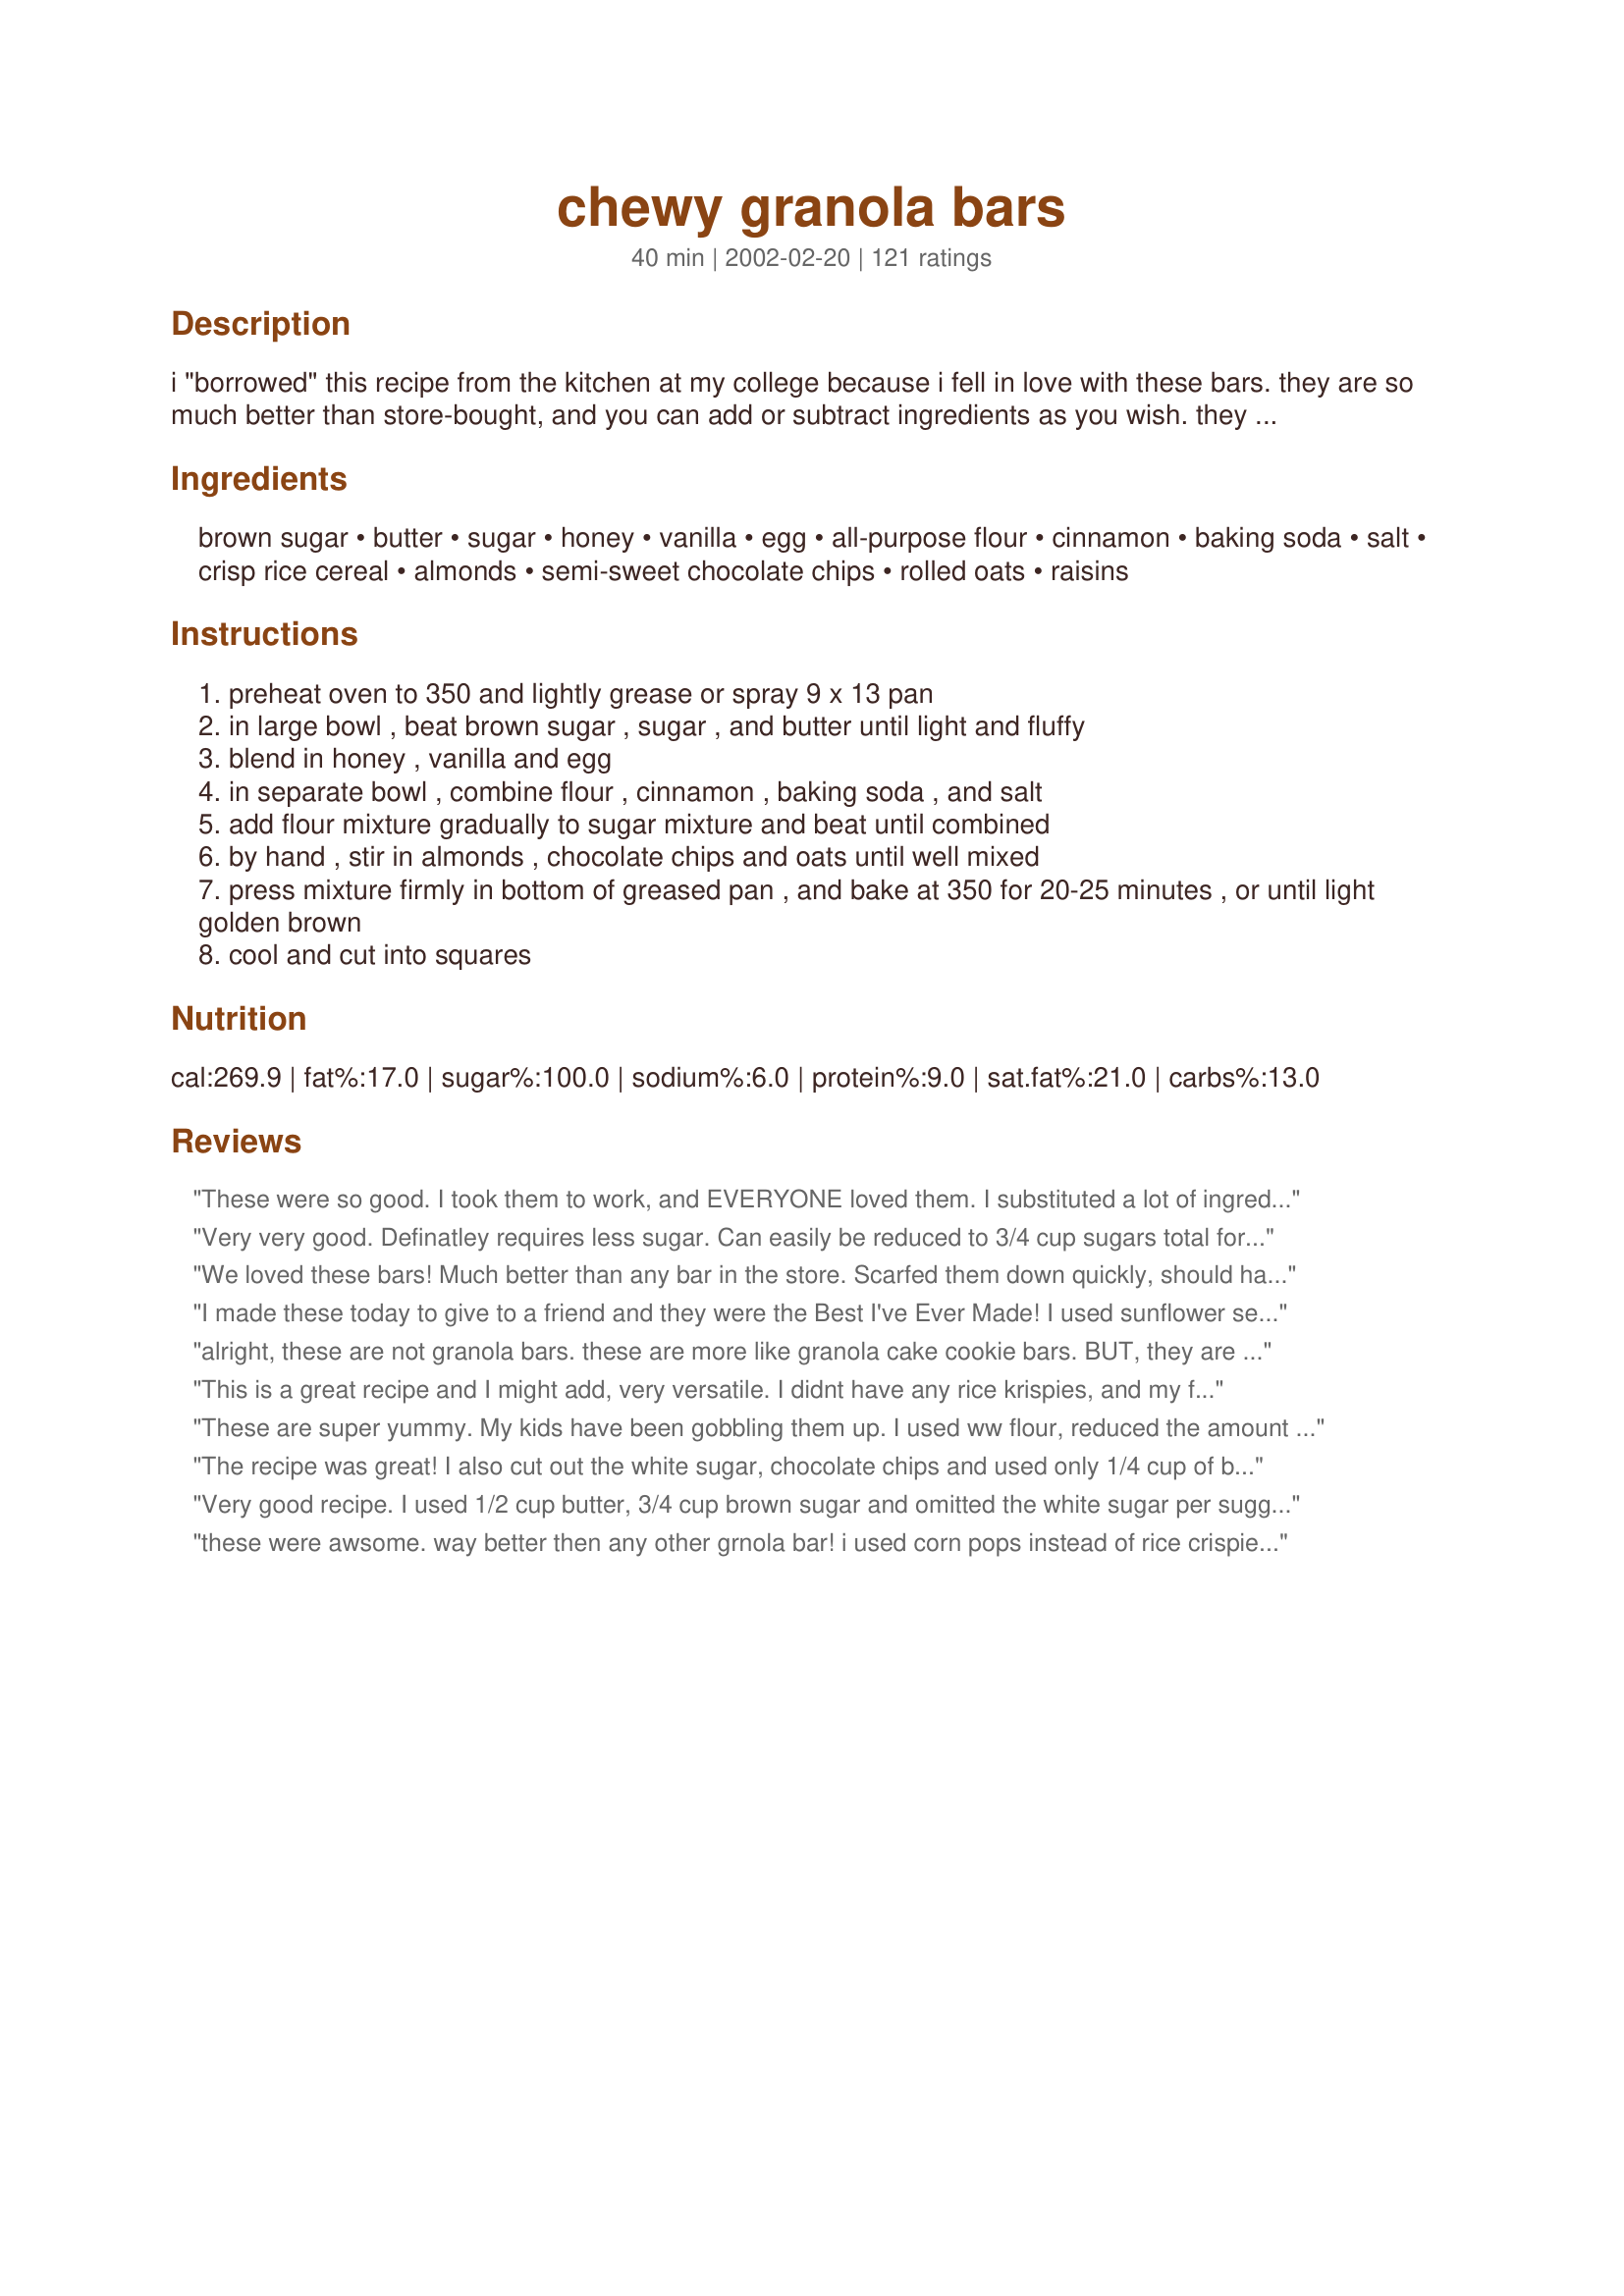
chewy granola bars
Preparation time: 40 minutes

i "borrowed" this recipe from the kitchen at my college because i fell in love with these bars. they are so much better than store-bought, and you can add or subtract ingredients as you wish. they make a perfect on-the-go snack; a much healthier alternative to chips or cookies, especially for kids (great for lunch boxes!)

Ingredients:
brown sugar, butter, sugar, honey, vanilla, egg, all-purpose flour, cinnamon, baking soda, salt, crisp rice cereal, almonds, semi-sweet chocolate chips, rolled oats, raisins

Steps:
preheat oven to 350 and lightly grease or spray 9 x 13 pan
in large bowl , beat brown sugar , sugar , and butter until light and fluffy
blend in honey , vanilla and egg
in separate bowl , combine flour , cinnamon , baking soda , and salt
add flour mixture gradually to sugar mixture and beat until combined
by hand , stir in almonds , chocolate chips and oats until well mixed
press mixture firmly in bottom of greased pan , and bake at 350 for 20-25 minutes , or until light golden brown
cool and cut into squares

Reviews:
These were so good. I took them to work, and EVERYONE loved them. I substituted a lot of ingredients. Instead of the chocolate chips and rice crispies, I used raisins and granola cereal. Instead of regular nuts I substitued red roasted peanuts. This is a very easy and quick recipe, and I would highly suggest it.
Very very good. Definatley requires less sugar. Can easily be reduced to 3/4 cup sugars total for those of us looking to cut the sweetness. Whole wheat flour and brown rice cereal in place of regular rice krispies are 2 more easy healthier choices that you won't even notice.
We loved these bars! Much better than any bar in the store. Scarfed them down quickly, should have made a double batch. Mine turned out kind of crumbly, didn't overcook, used 1/2 butter, maybe that was it? Will cut out the white sugar next time and maybe add peanut butter and some coconut. Thanks Manda for a excellent granola bar!
I made these today to give to a friend and they were the Best I've Ever Made! I used sunflower seeds for the almonds and used 1/2 C. Chocolate Chips and 1/2 C. Mini M&Ms. Great!
alright, these are not granola bars. these are more like granola cake cookie bars. BUT, they are delish no doubt about that. i cut out the white sugar and never missed it. i made two different versions one w/chocolate chips and one extra nutty w/raisins. nutty/raisins wins for me. definetely something that makes me feel like a fabulous super mom when feeding them to my son.
This is a great recipe and I might add, very versatile. I didnt have any rice krispies, and my family hates raisins...so I Increased the amount of oats and added some walnuts, pecans and sunflower seeds. If you choose to do this, decrease the amount of chocolate. Great taste and I loved the ease of it!
These are super yummy. My kids have been gobbling them up. I used ww flour, reduced the amount of sugar by a little (but could have done with less), used 3/4 C chocolate chips (next time will try 1/2 C) and added in craisins and cocunut.
The recipe was great! I also cut out the white sugar, chocolate chips and used only 1/4 cup of butter. That saved me about 100 calories per bar, even after I added 1/2 cup of coconut flakes, 1tsp. of milled flax seed and 1/4 cup of raisins. They were a little on the dry side but held together. Pressed them down in the pan with a cutting board. Had tin foil on bottom of board. Calories per bar 170 and they tasted great! Thanks for the recipe
Very good recipe. I used 1/2 cup butter, 3/4 cup brown sugar and omitted the white sugar per suggestion of another reviewer. Everything else I did according to the recipe. These are so much better than storebought. I've made these twice so far and they haven't lasted more than 2 days in my house.
these were awsome. way better then any other grnola bar! i used corn pops instead of rice crispies, and they still turned out great!

Certified seal of approval from my whole family. I used whole wheat flour, dropped the chocolate chips, and added craisins. They are amazing! I'm planning to expirement with peanut butter next time around. And, I'll try other stuff as well. These are just perfect!
I really liked this recipe. I did leave out the raisins and the 1/4 cup of sugar. They were plenty sweet. You could probably cut the brown sugar also. Make sure you chop your almonds into small pieces to make them easier to eat. Try this recipe...it is a good healthy granola bar!
I made these for my kids to take to school. Since my son is allergic to tree nuts I omitted the almonds, and adjusted the chocolate chips to only 1/4 cup (but added a handful of M&M's!) This is an easy recipe to follow, or change up a bit. Tasty!
Really good! I made a few modifications - halved the sugar (which I always do), omitted the salt, used the raisins instead of the chocolate chips and left out the almonds so my daughter can take them to her nut-free school. Thanks for sharing!
We loved this recipe, the whole family. Did anyone freeze it yet? How do they come out? I tried it today.
Not sure about them being soooo healthy though with all that sugar.
The calories speak for themselves...
Anyway, a keeper!
Yum! Very easy, chewy and makes a lot of bars. I like these because you can use whatever you have on hand so they will probably turn out differently each time. I will be making these again! My kids, my husband and I all liked these.
OOOPs forgot to give it 5 STARS
These are really good (and chewy) granola bars; very easy to make. Following the lead of other reviewers, we also cut down on the sugar and substituted coconut for the almonds. I mis-read the recipe and added 2 cups of the rice krispies, but the recipe is so forgiving that it worked out just fine. I think I may try reducing the brown sugar and adding a bit of peanut butter next time. My daughter helped to add the last few ingredients and pat the dough into the pan. Great recipe!
If a chocolate chip cookie and a granola bar had a baby, this would be it. We loved these, although they were not the breakfast food I was looking for. I used coconut extract in addition to the vanilla and replaced the almonds with sweetened shredded coconut. As mentioned by others, I reduced the brown sugar and omitted the white sugar. Next time ( and there will be a next time, maybe tomorrow ) I will health it up a bit with some nuts and fruits, more oats, and less chocolate. Otherwise, these are a great healthier cookie bar.
Sooooo good!!! This was the first time I&#039;ve ever had a 2nd grader ask me for a recipe. Ha! This was delicious and held together very well. Thanks much!
I made up some Granola and thought I would try my hand at some bars too. These are delicious and now when I am on the go, I can grab one of these for the road! These will be made often!
This is the third time I have made these bars. They are great! I love how easy they are. Just made them with my Kitchen Aide and baked. Very easy and delicious for a mid=morning or mid afternoon snack.
delicious and fun! i like this recipe because it doesn't call for corn syrup (but i did reduce the amount of sugar) and allows for lots of combinations like my favorite: dark chocolate chips, coconut and dried cherries.
Too bad i can't give this 10 stars ... Wow these were wonderful!! thanks
Made these tonight for the kids. Everyone loved them. We added dried cranberries instead of raisins and used walnuts instead of almonds. I used a bit less sugar and think I could use even less next time/elminate most of it. They are very sweet. They taste like candy! Yum. My only wish is that there was a way to make them a bit firmer so they would stay together a bit better. Overall, very good. We will make them again!
This is a most excellent recipe. My family said they were better than any granola bar from a store! Very easy to make. You could do it with your kids if you have some. 

Note: I cut the sugar to 1 cup and used organic, I used whole wheat pastry flour instead of white, used only half the chocolate chips and replaced the other half with coconut.

Nevertheless! Chewy, moist, and flavorful and very sweet! A big must if you're looking for that granola bar! Thanks!
Amazing, never made granola bars before!! Great recipe. Made lots of granola bars, you add and subtract as you wish and they still taste good. Thank you for this recipe, will definatly made again.
LOVE THESE! They are excellent. I have made this recipe exactly as written many times now and they are always suburb! I suggest letting them cool completely before removing them from the pan. :)
Call it a "Granola Bar" if it makes you feel better about consuming it, but this is really just a chocolate chip-oatmeal cookie in bar form. It's a great recipe and really tasty, especially with the addition of the Rice Krispies, but it would definitely benefit from some healthful tweaks, like others have done, using whole wheat flour, less sugar, less butter, using mini choc. chips (and less of them), etc. It's really a good recipe and one I'll make again but not for fulfilling my family's craving for a "healthy snack."
The DH said they weren't 'exactly' like granola bars....as I was fighting him from finishing off the last of the batch! They had a nice chewy texture (better the next day) and they weren't too sweet as store bought granola bars often are. I really enjoyed them and will be making them again and trying different ingredients, although I loved the crunch of whole almonds and the sweetness of 3/4 cup of mini-chocolate chips. Also, I only used 3/4 of a stick of butter and I think next time I can get away with using even less!

Update: My last batch contained 1/2 c. brown sugar, 1/2 stick butter, egg substitute, NO rice krispies, 1/2 c. chocolate chips and 2 1/2 cups oats. They came out great and are a bit healthier so we can eat them more often!
Excellent recipe, made this and took it camping for quick breakfasts. I didn't have honey and omitted the white sugar aand it was still very good. I would suggest if you make this for camping or the summer to use m & m's instead of chocolate chips. They made a mess on my 3 under 6.
Texture is excellent. I've put all the butter required (non-hydrogenated margarine) and left out the sugar (just the brown sugar was already a lot, it is very sweet). I used whole wheat flour. I found that the cinnamon gave a strange taste, next time I'll leave out.
This is one of the best-tasting, best-textured, good-for-you bars that I've found. Great with the following subs: 2 egg whites instead of one egg; 1/4 cup butter; no white sugar, 3/4 cup brown; 1/2 cup superfine sugarfree coconut; 1/2 cup chopped dried apricots; 2/3 cup unsalted shelled pumpkin seeds.
My first attempt at granola bars! Wonderful! much better than the store bought kind and much cheaper!
The kids and I loved these. I wrapped them individually so they were handy to grab when we are on the go! Instead of chocolate chips and raisins, I added 2/3 c each of white chocolate chips, craisins, and chopped dried apricots. Delish!
Mine turned out to be more like bar cookies, but they're GOOD bar cookies!! I didn't have raisins, honey, plain almonds, or rice krispies on hand. I checked the reviews and made a few substitutions: maple syrup, 1 cup natural peanut butter, 2 1/2 cups oats, no white sugar. They turned out to be dense and delicious peanut butter - oatmeal - chocolate chip bars! My husband's eyes sure lit up as he tasted the first one and asked, "We're having these for breakfast?! Homemade granola bars are WAY better than store bought!!!" I'm not sure how the nutritional stuff stacks up to the original - I was happy with it as it was, and i don't think the changes should make too much a difference. YUMMY!!
This recipe is a keeper! All the boys at my husbands work gobbled these up in minutes and the kids at my daughter&#039;s school were trading their lunches for her granola bars! Super easy to make too. Wonderful!
Very yummy and versatile. I omitted the honey and reduced both of the sugars and it turned out great. My cooking time was a bit quicker (about 18 minutes) but that could be my oven. Thx Manda, the kids will love these!
I thought these were really good. Almost followed the recipe to a T. I used mini chocolate chips. I also didn't have any almonds, so I replaced walnuts. I really like the tiny bit of crunch the Rice Krispies gives. If I use raisins next time, I will probably do half the amount of chocolate chips and add a half a cup of raisins. Oh, I also used 2/3 c. of wheat flour and 1/3 all-purpose. Thanks for the recipe!
I was looking to replace the Quaker Chewy bars my boys have both become addicted to, and this recipe did it. Almost identical, and now I can play around with the recipe (like so many others have) and bump up the nutrition a bit! I also cut out the sugar (not necessary), and did not add raisins. Thanks for a great recipe!
Oh, wow!! I wish I could give this 10 stars!! To me, these were so much better than store bought. The kids liked them for the first day or so, but prefer chocolate covered ones. My son said they had too many chocolate chips in them, so next time I'll use half the chips, melted, to drizzle over the top, instead. I found myself eating them for snacks as well as breakfast. Awesome recipe!!
I have made these several times to wonderful compliments. I make a few substitutions ... whole wheat flour, no white sugar, 1T cinnamon, 1I vanilla, no nuts (school rules), and about 1 cups of raisins. I left out the chocolate chips all together last time for our son's preschool.
I make this all the time and always get great reviews. I substitute white chocolate chips for regular chocolate and dried cranberries for the raisins. I also add flax seed, too. Sometimes I will use 1/4 cup of butter and a 1/4 cup of applesauce. Thanks for posting this recipe!!!
My kids love these! Very easy to make.
I was looking for a way to make our baked treats a little healthier, and this was just perfect! Based on other reviews I used 3/4 cup brown sugar. Instead of raisins, I added a couple handfuls of pre-chopped dates. Everyone in the family loved them and DH even had one for breakfast this morning. I will be making these regularly. Thanks for posting such a great recipe!
I used just over 1/2 cup of brown sugar & left out the white, used sugar free muesli in place of the oats & chopped dried apricots in place of 1/2 the chocolate. We wolfed them down in one day & will be making them on a VERY regular basis lol. Thanks Manda for a great recipe!
these bars are real good. I used the base recipe but had to change some things, because I didn't have all the ingredients. I used kashi cereal instead of rice cereal, cranberry & sunflower seeds for the almonds and less chocolate chips. They really are great for lunch boxes.
These were excellent! I made them to send to my daughter in college but they never made it. The rest of the family inhaled them before I could even pack them. Next time, I think I'll try using different nuts and seeds and leave out the chocolate chips.
super friggen yummy!!!! So easy too. This ones a keeper. Like most recipes I do my own thing, so I think I added to much oats but that didnt stop me or the fam from gobbling them up. I will make these again!
These are more cookie like than granola-ish to me, but that's perfectly OK. They are super tasty and really easy to make. Even my husband liked them enough to comment! I did make some substitutions and additions based on what was in the pantry, a very versatile recipe. Thanks, Manda!
Love these bars. They are so delicious and so easy to make -- and truly nicer than anything you will ever buy commercially. We forgot to reduce the brown sugar to 3/4 cup, and will probably do so in future. Our only changes were to use crushed mini-wheat cereal (instead of a rice cereal) and an almond/sunflower seed combo for the nuts. This will go straight into my Top 100 cookbook. Thanks so much for posting.
Very good bars! I did a little tweaking, but mostly just with add-ins. I only used the 1/4C butter, used half whole wheat flour, half white flour. Added about 1/4 C. wheat germ, 1/4C. flax seen, couple spoonfuls of oat bran. Only used 1 C. of rolled oats, since I added so many other things. Left out the almonds and only added 1/2 C. mini chocolate chips. I baked these in two 8x8 pans, and added crasins to one of the pans. they baked for about 17 minutes in my oven. These are so good, I can't seem to stop eating them! My hope is to get these into the freezer for lunches. Yum!
Super good. Easy enough for the 3 year old to help. The kids loved them.
These are great granola bars. Everyone at home agrees that they are better than the store bought type. The first time I made them I didn't have rice crisp so I just used the cereal that I had on hand (a banana flavoured one) and it came out quite well, a bit soggy, but we still liked it. The second time we used the rice crisp and it was delicious.
Very good. The only problem is they don't last as long as the store bought kind because we eat them faster:) I made as called for but omitted the nuts. I may try to add some peanut butter next time as well. Thanks for posting!
This is more like a cookie bar, but YUMMY nonetheless.

Soooo chewy and so easy to make.

I omitted the almonds and cinnamon, upped the vanilla to 1tsp, used corn syrup in place of honey cuz that's what i had and used butterscotch chips and a handful of coconut.

Next time i will omit the white sugar as well and up the oats and rice krispies.
These were my first attempt at making granola bars and they were delicious. I didn't want to go and buy a box of rice crispies so I just used fibre one cereal instead - delicious!
This recipe is fabulous. My husband gobbled up the bars that I made for the kids!
Another substitution review...sorry...but we are trying to cut down on sugar and eat healthier and this looked like a great recipe to play with! I used 1/2 cup unpacked brown sugar, 1 tbsp honey, no white sugar, 1/2 cup applesauce and only 1 tbsp butter. Instead of rice krispies, I used a multigrain kashi cereal because that is what I had on hand. I also used white whole wheat flour and 1/2 of the chocolate chips. I used 1/2 cup chopped cashew, almond and pecans and I threw in about 1/4 cup of ground flax seed. I&#039;m sure the original recipe is awesome, because my concoction was really good! Thanks for posting such a versatile recipe!
These were fantastic-sweet and chewy. They are really more like a cookie bar a than granola bar, but still very good! I used 1/2 the white sugar and they were still plenty sweet. I might even cut the chocolate chips down to 1/2 cup. Will definitely make again!
Great easy recipe. I added nutmeg, coconut and cream of wheat cereal to boost vitamins and minerals. Thanks!
I don't know how I missed it, but in the Directions there wasn't any step to include the rice crispie cereal so I totally forgot about it. These still turned out fabulously. Talk about a versatile recipe! Followed everything else, but took out chocolate chips, did 1 cup organic currants and all white whole wheat flour. Fantastic!!!
Smiles,yummies and pleading for more..These are what I got when I made these Granola Bars! I used dried fruits & nuts and a little chocolate. I also cut out the white sugar, reduced the butter, and added a tbl or 2 more of honey to keep it all moist. I used whole wht, soy flour,added wht bran, wht germ and ground flax to the mix...not one person could tell that they were any more "healthy" tasting than store bought! Even the M-in-law ask for the recipe! I didn't tell her about all of the added goodness, it just would have scared her off! Thanks for a tradition of healthy recipes to come to this family.
Excellent! And so easy. I only used 1/2 cup of brown sugar after reading other reviews. I used 1/4 cup of butter, 3/4 cup chocolate chips and whole wheat flour. They were still very sweet. I also used organic crisp rice cereal. I did not add the raisins. With the chocolate chips, they are a good snack but not for breakfast. Next time I will use dried cranberries instead of the chocolate chips to make them more of a breakfast food. Very good and a definate keeper. I will never buy store bought again. Thank you for sharing.
this was good, but it reminded me of a cookie - not a granola bar.. still not a bad cookie though :)
Oh MY Gosh! Stop me!!! I've eaten half the pan! Hope there will be some left when the kids get home from school. I made this without the nuts {nut-free school} and with whole wheat flour. Soooooo good, but I would love to make it a little healthier. Plus it made at least 20 in my 9x11 pan. The store bought are filled with stuff I can't pronounce and cost a fortune...thank you so much!
i have many recipes saved in my Zaar cookbook but this is my first review...I just had to review this recipe!! Absolutely delicious and great as a mid-morning snack!! Next time I will follow other suggestions and omit the white sugar and reduce the brown sugar to maybe 1/2 cup. May also omit the chocolate chips and just drizzle melted chocolate on top once the bars are cooled and still in the pan.
A really great Granola bar! I whipped this up in now time! and it tastes so very very good and morish!.
I only used 3/4 cup brown sugar and 1/4 cup butter and no white sugar. I added sultanas, cranberries, dried apricots, walnuts & sunflower seeds and Im sitting here trying not to be tempted to go and grab another piece! I just had a very generous slice and it was amazing yum!.
As long as you remember that these are a bar COOKIE, and not a healthy snack, you&#039;re fine. They are tasty. A little sweet for my personal preference, but a yummy bar cookie. So often granola bars are considered a healthy snack when in truth they are a treat. These are no different. Loaded with sugar, sugar and more sugar.
These are great! I didn't add the chocolate chips or raisins. The choc chips would have been great but I liked them as is. I might cut down the sugar next time.
Chewy-granola-bars is a wonderful trampoline to bounce. My current variation is too long to post, includes grapeseed oil, coconut flour, ginger, almond milk, raw sugar (but much less sugar). Used a lot, substitute having to pack my lunch. Nice texture, good taste (not too sweet, allows sense of oats), holds a good shape. THANKS !!!
I have been making these for a while now and they are just absolutely fantastic. I never make the same batch twice as I love to experiment, but what a great base. Thanks a lot!
Very tasty! We love these. I omitted the white sugar totally - just used the brown, definitely didn't miss the white sugar! Also, didn't use nuts (our school is nut free) but added 1 cup coconut and 1/2 cup raisins. Fabulous!
I used a combination of rice krispies and raisin bran for the cereal and doubled the entire recipe. These granola bars are absolutely amazing. I also added a couple scoops of peanut butter to these delicious bars. Thank you for posting a great granola bar. I will be making this recipe again!
Made these as a treat for my dbf! He LOVED them!! Used maple syrup instead of honey, didn't add any almonds (as I ran out) and added some dried cranberries to the mix! Next time, will add less sugar as they were a bit too sweet for him (I loved them as is! ;) Thanks Manda!
Thanks for posting a great granola bar recipe! I looked for a long time and tried many recipes before I found this one. I omit the almonds. I use about 3/4 cup of loose brown sugar and 1/8 cup of white sugar. I also melt 1/4 cup of butter before adding it to the sugars. Thanks again!!!!
Wow. Just wow. I can't stop nibbling on these scrumptious bars, but I forced myself to so I could write this review of just how amazing this recipie is! I came across this recipe and realized I had left over trail mix, left over rice kris pies, and also another cereal called honey bunches of oats (probably a handful of each, you know the ones usually left over and nobody eats them? Yeah. It's perfect for this!) Also, a few reviews said 3/4cup brown sugar, but I did half cup brown and 1/4 white. Also added leftover trail mix that had some coconut shreds, peanuts and raisins. And also, I had about a spoonful of peanut butter so I added that too- I said what the heck! It turned out great and im so glad my family did too (they don't usually like what I bake, haha) :) thanks so much, I will definitely make this recipe again, with or without the extras!<br/>:)
These are very tasty, and moist and chewy, but they weren't exactly a granola bar like what I was looking for. Don't get me wrong....they are very good but they're more like a cookie bar with some crunch to it.
Very good. Kids loved making with me. Made lots of changes, because I sooo need to grocery shop, but they still turned out great.
I like these bars best when the batter barely coats the solids (cereal, nuts, chocolate chips, oats). I use 1/4 cup butter, decrease the sugar, and add 1 cup applesauce or apricot pulp, to compensate. This means more batter, so I increase the solids from 4 and 3/4 cups to somewhere between 6 and 8 cups. Our favorite combo is 3 c. crisp rice, 2 c. oats, toasted, 1 1/2 cups sliced almonds, toasted, 1/2 cup dried apricots, chopped, and 1 cup chocolate chips.
Superb chewy granola bars! Tastes as good (if not better) than any you buy in the stores and you can bake them fresh at home. Thanks for sharing this easy bar recipe.
These are great! Best granola bars I have made. My son loved them, next time I will try whole wheat flour. Thanks!
I made this a couple of months ago and everyone loved them. I just made them again today using half whole wheat flour and regular flour. Also I used walnuts this time instead of almonds. Still tasted really great!
They are very good . My whole family liked them . I would be carefull with the cooking time .They were a bit overcooked when left for 20min. But my stove tends to be hotter than average =0) I also omited the almonds because of a school ban on nuts. I will be doing this one again.
It's back to school time & I was looking for a healthy snack for lunches and after school. These are great! I will have to make 2 pans next time - my kids(13 year old triplets!) ate all of them in 2 days. I added "craisins"(dried cranberries) and it made them colorful. Thanks for sharing a great recipe!
Man, these are good and darn easy to make. Like boomoo, I chose this recipe because it didn't call for corn syrup. I made some changes that others mentioned in their comments: halved the brown sugar, omitted the white sugar, used wheat flour, and halved the chocolate chips. I also added dried cranberries. These were still sweet; next time I may cut the sugar further and use additional dried fruit instead of the chocolate chips so they will be more like a breakfast bar. Thanks for posting this, I plan on making these instead of buying bars in the future.
My family loves these granola bars. As suggested by others, I used less sugar (about 3/4 cup brown sugar, no white sugar) and they were excellent. They're a special lunchbox treat for my son :)
Very good, and though I made it as directed with mini-chocolate chips, I can see how it would be great with many different add-ins. My only difficulty is that after it baked I thought to myself "this is really a cross between a giant chocolate chip cookie and a granola bar"... it is delicious, and made a good snack, but more cookie-ish than I had been hoping.
This was good but it reminds me more of an oatmeal cookie bar instead of a granola bar so I had something else as far as taste in mind.
This is a great base recipe. I like the way it turned out and I added some chopped up cranberries in place of the nuts. I also used crushed corn flakes as I was out of rice crispies. Thanks, I will make this one again for sure!
Very good, my kids love them. I think I'll cut back on the sugar next time though. I didn't have raisins so used dried cranberries; I like the way they go with the chocolate chips.
These are wonderful! I made them exactly like the recipe. So good and so much better than a processed granola bar from the store. &lt;br/&gt;&lt;br/&gt;Yummy!
these are INCREDIBLY delicious!!!! they taste better than ANYTHING i have ever tried at the store (seriously) and were SO easy to make.

They do kindof taste more like cookies than granola bars because they're SO sweet (and have the candy).... I think I am going to cut out the white sugar in the next batch and add in some coconut and dried fruit for health. We also like to use sunflower seeds instead of almonds (easier for little mouths to chew), and may add peanut butter next time as well.

But in the end, the versatility of this recipe is part of what makes it so great!!! OH-ma-goodness these are SO good!!!! our new favorite. EVERYONE loves them - even the kids! forty-ba-jillion stars from us :)
These are absolutely delicious. My daughter and I could barely stop eating them! The recipe is easy enough for kids to help out with and customizable enough it's easy to make it your own. I love having control over the ingredients I am feeding my family. Plus these taste way better than the boxed variety. Thank you for posting this recipe.
Very good! Made as written with non-hydrogenated margarine (Parkay).
I made this recipe and my husband LOVES it. I used whole wheat flour because that's what I had on hand, and they were very tasty! I look forward to trying them again, and varying the ingredients (such as dried fruits/nuts, etc.).
I followed this exactly, but mine are more cakey and less like a granola bar. They are quite crumbly too and falling apart. I will try again as they do taste quite good.
We made these for breakfast this morning and my kids devoured them. Thanks!
Very VERY good! I made these for myself on my first road march, and shared a few bites here and there. After that, everyone fell in love with them and they are now part of every road march. My drill Sgt's thank you (and so do I)!
Is it just me - or does this not tell you WHEN to add the rice krispie cereal???!!!! And no one has included that point in a review yet??? Since I've already started to make these, I'm past the point of no return. Guess I'll add them with the oats??!!
great recipe! We loved the taste and the texture of these bars. I did put the raisins in and I substituted rice chex for rice crispies, because it was what I had on hand.
These are so delicious. My kids ate them all up in one day. I told them I will hide it next time so they are not gone the same day. I will be making it again. Thanks for sharing.
I won't be buying the store bought bars again. Great for a snack or to put in a sacked lunch. Easy to make and lots of possibilities in what you can add. I used the mini choc chips and coconut, yummy! They don't really need the choc chips though!
Update, on March 10, 08, I made these again as a full recipe, this time adding slivered almonds (didn't have chopped), a handful of sweetened flaked coconut, 1/4 cup of smooth peanut butter, along with just under a cup of semi-sweet choc chips. This was really sticky to spread, so it was ugly in the pan but I got it pretty even and it baked perfectly in 25 mins with just a bit of well-done edges. Oh yeah, and I ran out of old-fashioned oats so used quick-cooking. Still chewy even the next day, with a bit of crunch on the edges and from the almonds (almonds lent a nice toastiness). Bf snagged a bite and he thought they were pretty good. Guess I'm keeping these to myself again! :D
OOooh, I'm so hooked. I only had enough ingreds for a half batch, and I also didn't think anyone but me would be eating these, and maybe I will be the only one eating 'em. I made these for breakfast. Honestly they turned out more like a bar cookie than a granola bar, but oh my are they wonderful. I followed the suggestions of other reviewers and left out the white sugar. I used the miniumum amount of margarine and I used Smart Balance with Flaxseed Oil Spread, and Eggbeaters (which was easy to halve lol - 1/8 cup instead of 1/4 cup). I used an 8in. square baking pan sprayed with Pam. I cooled this for about 30mins. Btw, this smells wonderful while baking. I baked for 20 mins which was perfect. I felt like a chocolate chip purist, so I left out the raisins. I didn't have any almonds. I'm very pleased with just the chocolate chips, to be honest. :D Thank you, Manda, I really enjoyed this!
Delicious! Big hit with the family. Pretty calorie and fat rich if you cut into 16 bars. I cut 8 long rows and 4 short rows for 32 bars and one is plenty satisfying. Thanks for a great recipe! P.S. The Rice Krispies turn out to be crucial. I didn't have them the first time and I doubled the oatmeal. Bricks!
I'd never made granola/granola bars before, so I read many of the reviews and followed some of their advice: less sugar, 1/4 c butter 1/2 applesauce, wheat flour. And I changed some of the add-ins to suit my tastes - walnuts, dark choc chips (/12 cup), 1/2 cup unsweetened coconut, and bing cherries. It's a pretty forgiving recipe, and the bars come out VERY tasty!
Loved these bars! As did my family! Highly reccomend!
I highly recommend this recipe to all granola bar lovers. Quick, easy, versatile, delicious and "substitution friendly"! Like some of the other reviewers, I used whole wheat flour and substituted raisins and coconut flakes instead of nuts. Moist, chewy and delicious! Thanks Manda for a great recipe!
Thank you for this fabulous recipe! These turned out absolutely perfect :) I halved the brown sugar, skipped the honey, and reduced the chocolate chips but next time I think I could take out even more sugar because they&#039;re still very sweet and delicious. Mine turned out almost cookie-like, yum! Will be making these again and again!
Per the other reviews, I used omitted the white sugar. We are allergic to nuts so I substituted Grape Nut cereal for the almonds, and whole wheat flour. Tasted like a cookie, very sweet. Next time I will reduce the amount of brown sugar to 3/4 cup and up the rice crispie cereal to 2 cups because that adds a little airy crunch. We had it for a dessert after dinner. I suggested reducing the amount of chocolate chips but the kids said NO. Thank you for a great recipe.
Wonderful, adaptable, and delicious recipe! I left out the white sugar and used 3/4 C of brown sugar, and it was plenty sweet. To up the amount of fiber and protein (and because I didn't have rice crispies), I used Kashi Go Lean cereal in place of the rice crispies. These bars keep great, and one of them will stick with you all morning. These will become a regular recipe in our house; my husband grabs one on his way out the door in the morning, which is so much better for him than a danish or donut. Thanks, Manda!
This was fantastic. I made a few changes to make it a bit more healthy. I reduced the sugar to 3/4c of brown sugar, added only a tbsp of honey, 1/2 c of chocolate chips, used whole wheat flour, and instead of rice crispies I used the Original Fiber One cereal. Cooked for only 17 minutes. They're great!
I was dying to have something sweet, these did the trick! I think the main complaint, if any, is they aren't healthy enough. Reducing the sugar and chips, and adding suplimental nuts or wheat germ, etc. will work. I added whey protein, but powder milk would work too. This makes them complete protein too. Will be fun to try other combinations! P S, I added the cereal with the oatmeal.....
I made these last night for DD to take to a lacrosse game for her and her friends. These are excellent. I wrapped them up in waxed paper and they are a great take along treat. I didn&#039;t use the raisins and subbed butterscotch chips for the chocolate ones. Delicious. Thank you for sharing with us.
yummy! My 18 mo old ate them up. Dh also liked them alot!! Thanks for a great recipe!
These are great. Everyone LOVES them. They have a perfect texture of chewy with the rice crispies giving it a crispy texture also. I am known for my baking and this is one of the best things I have made. One day later everyone is asking me when I can make them again. I followed the advice of other reviews and used 3/4 of a cup of sugar. I also added a good handful of coconut. These are seriously to die for and so easy. I use 1/2 cup of butter and I cooked them for 20 min and they were a bit overdone. Next time will try 17
Update: we recenly had to remove a lot of foods from our sons diet and wokrked at modifying this recipe. I used Flax egg replacer #104832, brown rice flour and gluten free oats. They are awesome. They are cookies disguized as bars!! And pretty healthy to boot. I replaced the butter with cocnut oil and reduced the sugar to only 2/3 of a cup of turbinado sugar and omitted the white sugar. Still pleanty sweet! Used chopped pecans and 1/2 cup mini chocolate chips. They are our favorite bars. Very versitle recipe.
These granola bars are excellent!!!! I made them for my husband's volleyball tournament. We normally will buy two or three boxes from the store for a tournament. His teammates helped him devour them. I did omit the chocolate chips, white sugar, and raisins (husband's request, he's not a sweet tooth!) I used 1/4 cup butter, added 1/4 cup peanut butter and used walnuts instead of almonds. I will be making these again soon!!! Thanks!!!
I loved this recipe. My daughter is allergic to nuts, so I didn't add the almonds. I really thought that they were a cinch to make and we had everything on hand to make them. I also added a bit more vanilla. I will never buy granola bars again!
These are very good. However, they are almost more like a cookie bar than a granola bar - not that I'm complaining! Both dh & I liked them very much. Thank you for sharing!
My daughter is allergic to nuts which makes it very difficult to find granola bars. We made these without the almonds, and also omitted the cinnamon. We used mini choc chips rather than the standard chips. Very easy to make and they came out great! They freeze well also, and remain chewy after defrosting.
